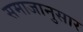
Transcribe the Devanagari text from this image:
समाजानुसार